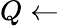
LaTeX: Q\gets